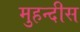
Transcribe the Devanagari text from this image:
मुहन्दीस